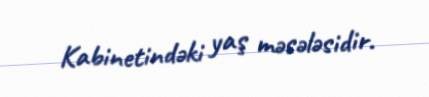
Kabinetindəki yaş məsələsidir.